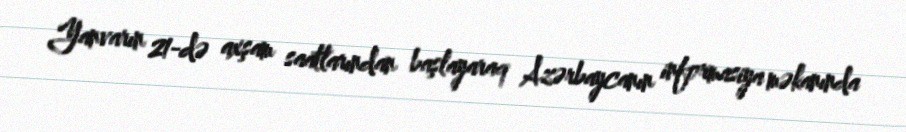
Yanvarın 21-də axşam saatlarından başlayaraq Azərbaycanın informasiya məkanında